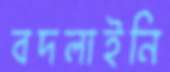
বদলাইনি